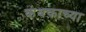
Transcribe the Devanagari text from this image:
कंथकाच्या